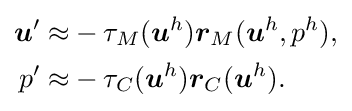
{\begin{aligned}{\boldsymbol {u}}'\approx &-\tau _{M}({\boldsymbol {u}}^{h}){\boldsymbol {r}}_{M}({\boldsymbol {u}}^{h},p^{h}),\\p'\approx &-\tau _{C}({\boldsymbol {u}}^{h}){\boldsymbol {r}}_{C}({\boldsymbol {u}}^{h}).\end{aligned}}